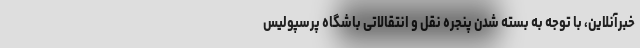
خبرآنلاین، با توجه به بسته شدن پنجره نقل و انتقالاتی باشگاه پرسپولیس